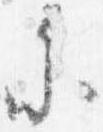
参